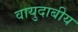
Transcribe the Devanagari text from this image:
वायुदाबीय